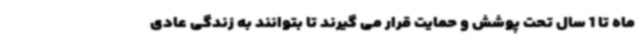
ماه تا 1 سال تحت پوشش و حمایت قرار می گیرند تا بتوانند به زندگی عادی